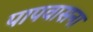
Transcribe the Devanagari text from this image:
पापवासना